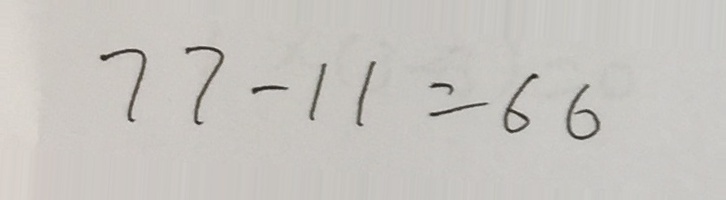
7 7 - 1 1 = 6 6